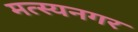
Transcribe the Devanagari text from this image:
मत्स्यनगर